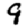
Digit: 9